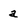
Character: a